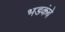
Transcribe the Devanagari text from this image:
भडकंबे